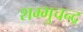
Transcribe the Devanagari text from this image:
शम्भुचन्द्र